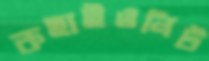
কহাইওনিট